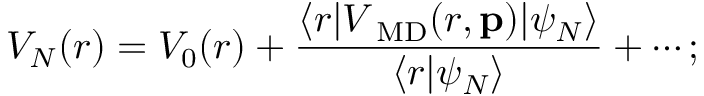
V _ { N } ( r ) = V _ { 0 } ( r ) + \frac { \langle r | V _ { \mathrm { \scriptsize ~ M D } } ( r , { \mathbf p } ) | \psi _ { N } \rangle } { \langle r | \psi _ { N } \rangle } + \cdots ;